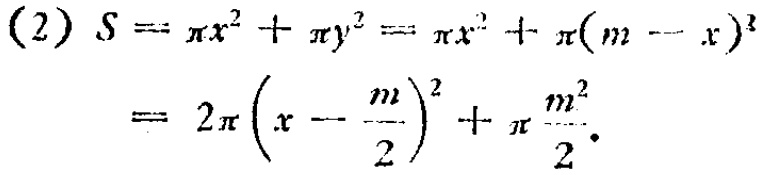
(2) \(S = \pi x^{2}+\pi y^{2}=\pi x^{2}+\pi(m - x)^{2}\)
\(=2\pi\left(x-\frac{m}{2}\right)^{2}+\pi\frac{m^{2}}{2}\)